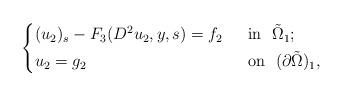
LaTeX: \begin{align*}\left\{\begin{aligned}&(u_2)_s-F_3(D^2u_2,y,s)=f_2&& ~~\mbox{in}~~\tilde{\Omega}_1;\\&u_2=g_2&& ~~\mbox{on}~~(\partial \tilde{\Omega})_1,\end{aligned}\right.\end{align*}